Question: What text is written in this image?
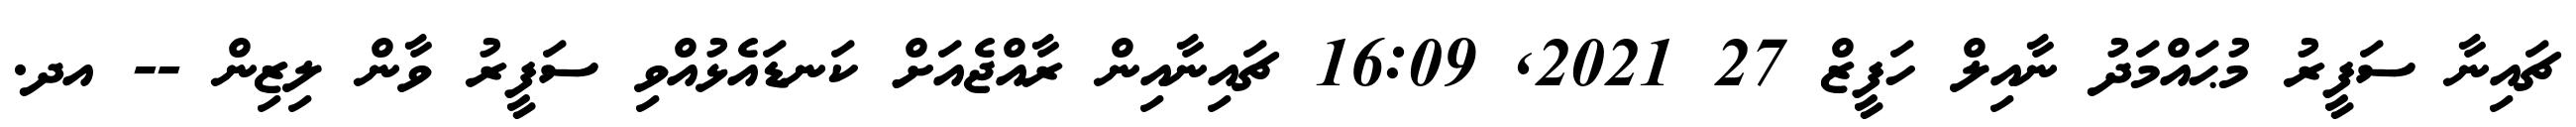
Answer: ޗައިނާ ސަފީރު މުޙައްމަދު ނާއިލް ހަފީޒް 27 2021, 16:09 ޗައިނާއިން ރާއްޖެއަށް ކަނޑައެޅުއްވި ސަފީރު ވާން ލިޒިން -- އދ.